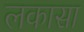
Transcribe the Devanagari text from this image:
लकासा